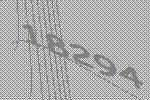
18294